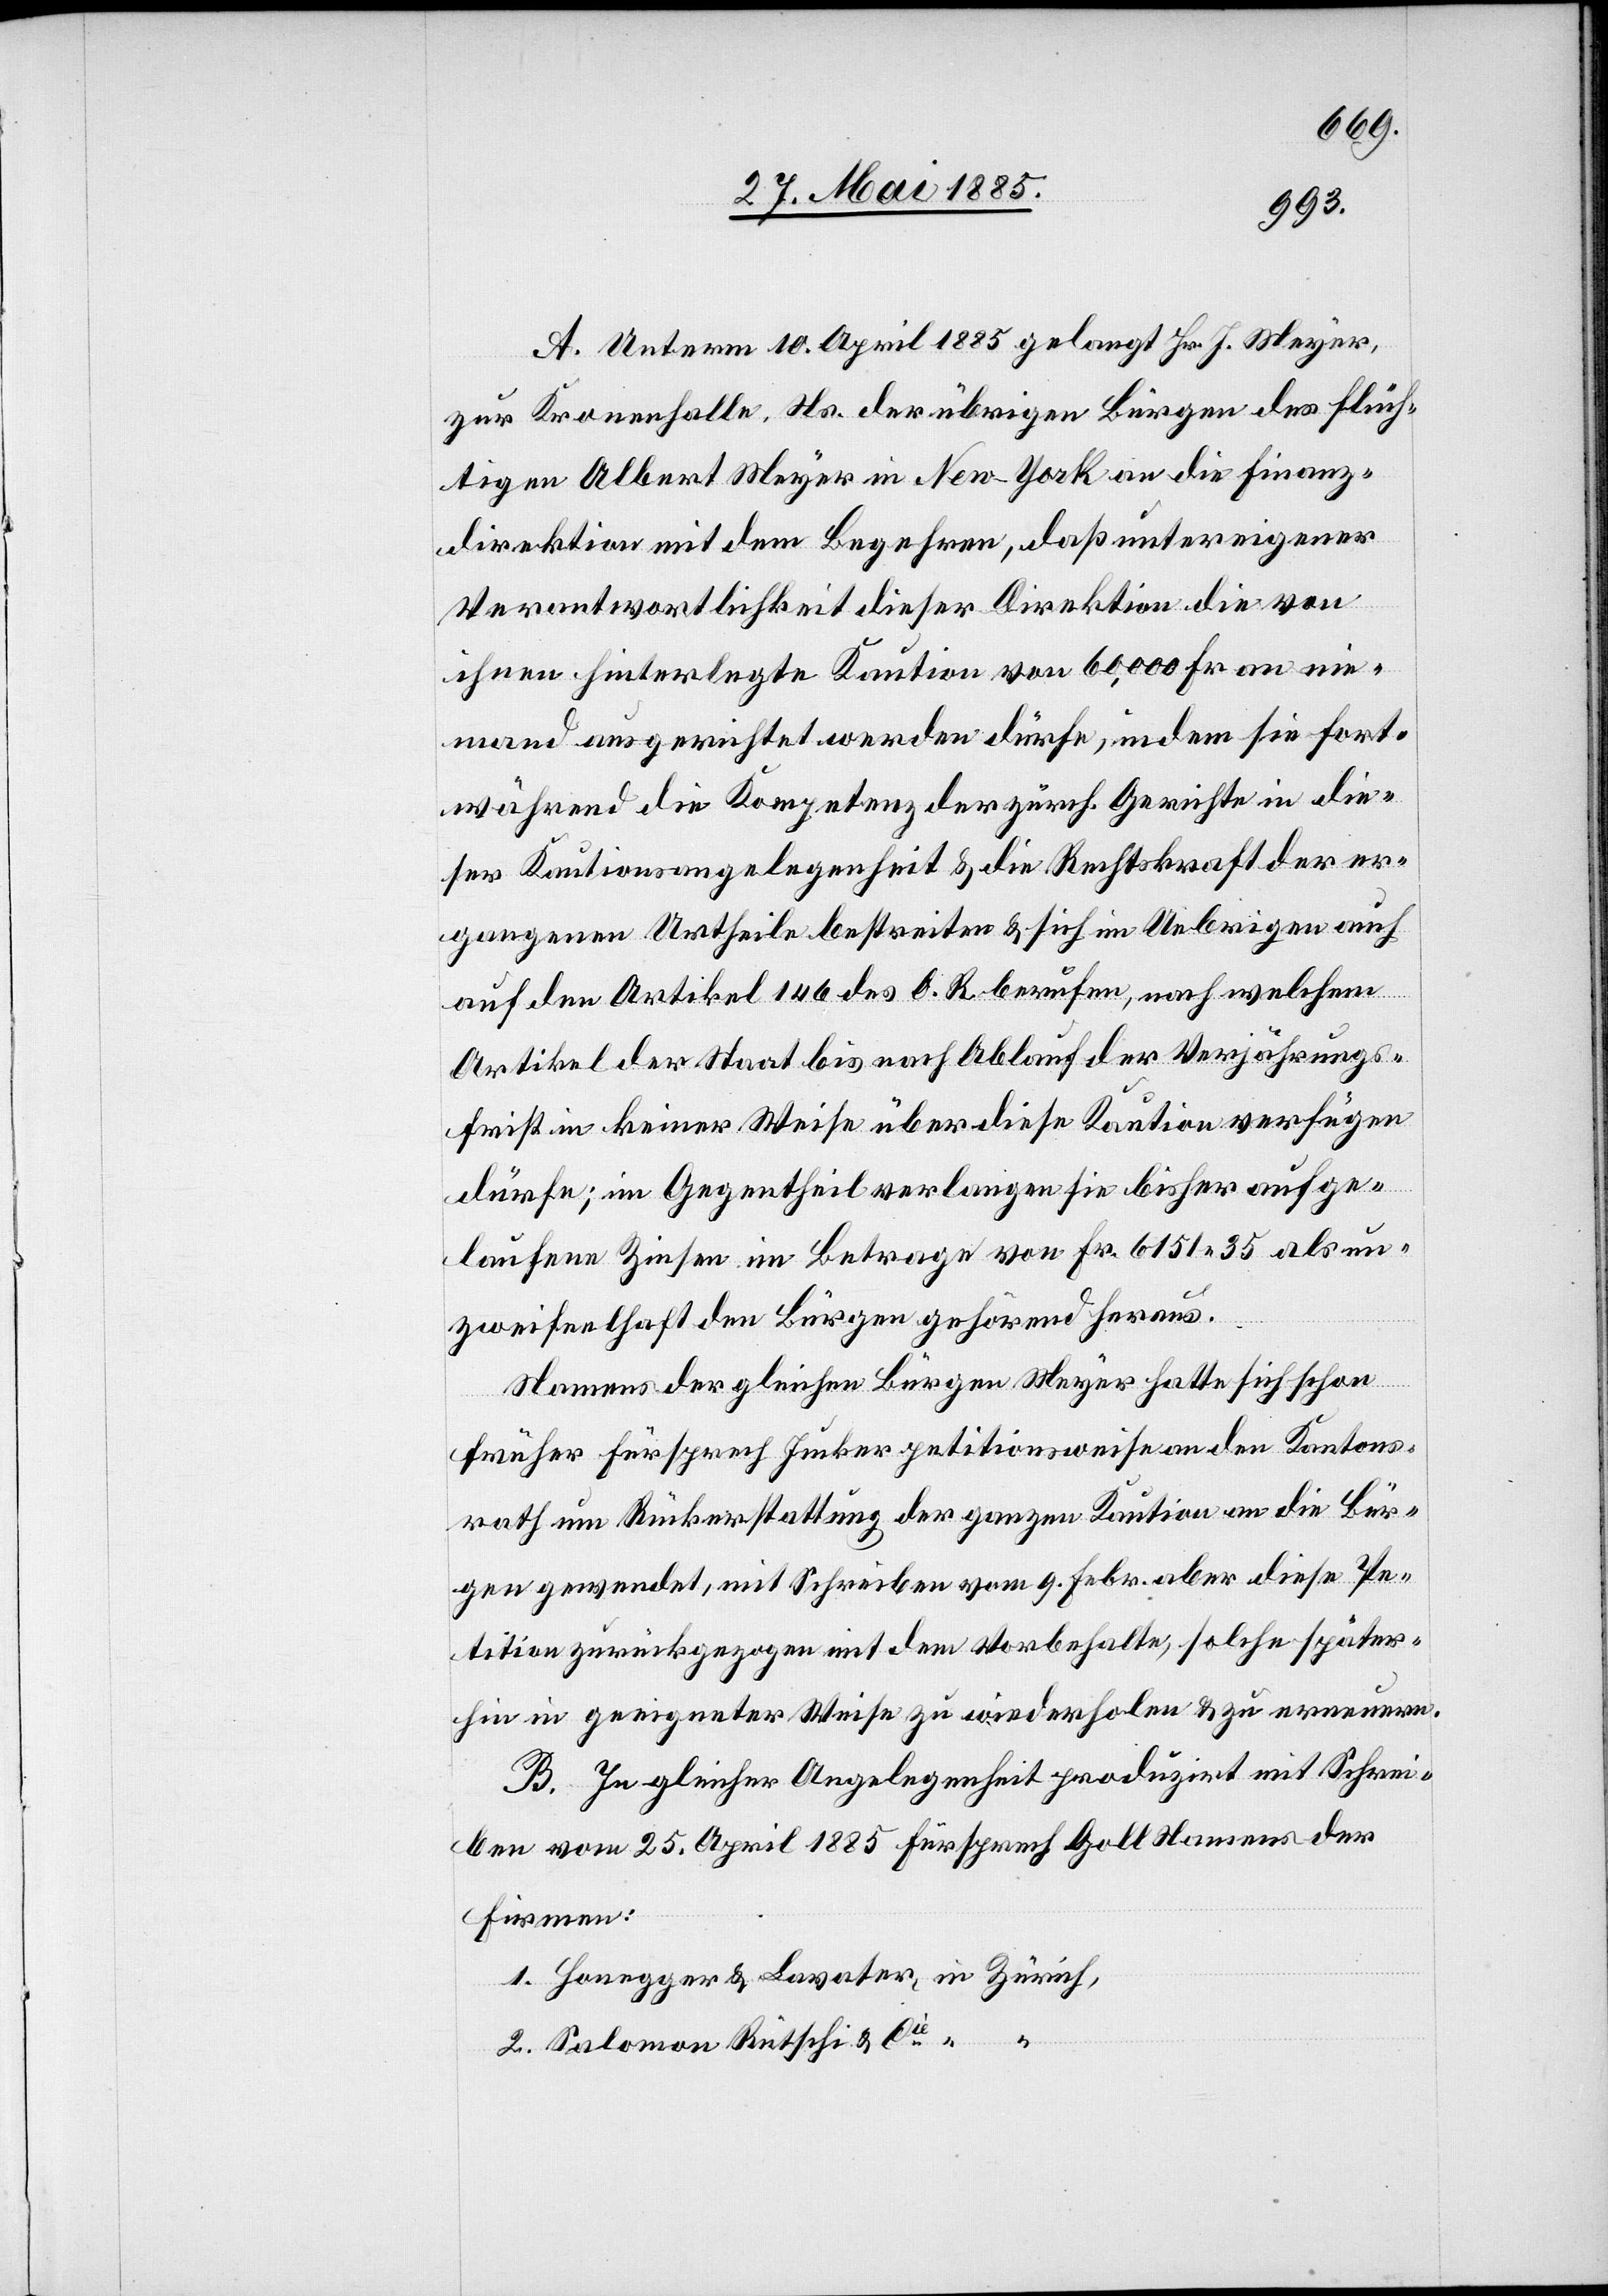
A. Unterm 10. April 1885 gelangt Hr. J. Meyer,
zur Kronenfalle, Ns. der übrigen Bürgen des flüch¬
tigen Albert Meyer in New-York an die Finanz¬
direktion mit dem Begehren, daß unter eigener
Verantwortlichkeit dieser Direktion die von
ihnen hinterlegte Kaution von 60,000 Fr. an nie¬
mand ausgerichtet werden dürfe, indem sie fort¬
während die Kompetenz der zürch. Gerichte in die¬
ser Kautionsangelegenheit & die Rechtskraft der er¬
gangenen Urtheile bestreiten & sich im Uebrigen auch
auf den Artikel 146 des O. R. berufen, nach welchem
Artikel der Staat bis nach Ablauf der Verjährungs¬
frist in keiner Weise über diese Kaution verfügen
2.
dürfe; im Gegentheil verlangen sie bisher aufge¬
laufene Zinsen im Betrage von Fr. 6151 35 als un¬
zweifelhaft den Bürgen gehörend heraus.
Namens der gleichen Bürgen Meyer hatte sich schon
früher Fürsprech Jucker petitionsweise an den Kantons¬
rath um Rückerstattung der ganzen Kaution an die Bür¬
gen gewendet, mit Schreiben vom 9. Febr. aber diese Pe¬
tition zurückgezogen mit dem Vorbehalte, solche später¬
hin in geeigneter Weise zu wiederholen & zu erneuern.
B. In gleicher Angelegenheit produzirt mit Schrei¬
ben vom 25. April 1885 Fürsprech Goll Namens der
Salomon Rütschi & Cie